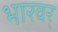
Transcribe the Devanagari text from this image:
भारवर्